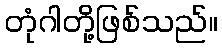
တုံဂါတို့ဖြစ်သည်။